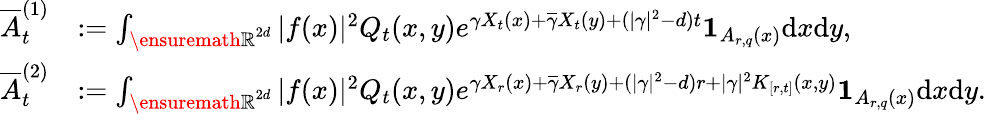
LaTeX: \begin{array}{rl}{\overline{A}_{t}^{(1)}}&{:=\int_{{\ensuremath{\mathbb R}}^{2d}}|f(x)|^{2}Q_{t}(x,y)e^{\gamma X_{t}(x)+\overline{\gamma}X_{t}(y)+(|\gamma|^{2}-d)t}\mathbf{1}_{A_{r,q}(x)}\mathrm{d}x\mathrm{d}y,}\\ {\overline{A}_{t}^{(2)}}&{:=\int_{{\ensuremath{\mathbb R}}^{2d}}|f(x)|^{2}Q_{t}(x,y)e^{\gamma X_{r}(x)+\overline{\gamma}X_{r}(y)+(|\gamma|^{2}-d)r+|\gamma|^{2}K_{[r,t]}(x,y)}\mathbf{1}_{A_{r,q}(x)}\mathrm{d}x\mathrm{d}y.}\end{array}